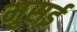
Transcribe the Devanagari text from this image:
मुसई